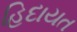
હિદાયત